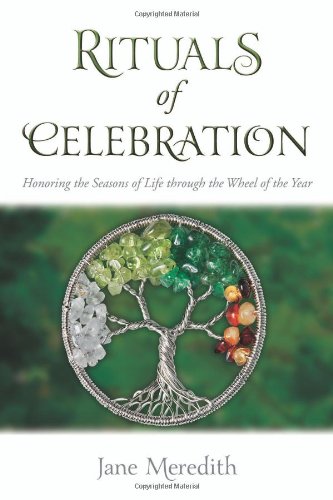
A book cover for Rituals of Celebration: Honoring the Seasons of Life through the Wheel of the Year; Jane Meredith; Religion & Spirituality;